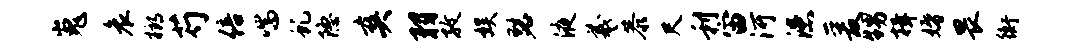
嵬哀榔芍倍喘虬隐爽羽孜娱瑟液羲恭尺利宙河漶爰甥揖婚畏衡